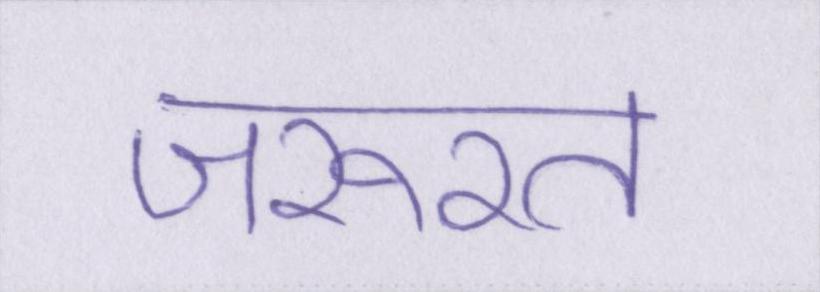
जरूरत